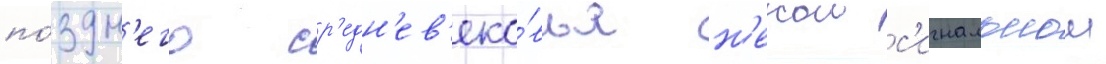
по́здн'его ср'едн'ев'еко́вья н'екои с'игнальнои